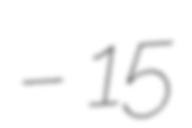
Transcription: – 15